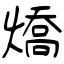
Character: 燆